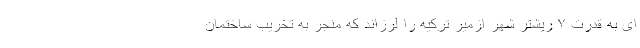
ای به قدرت ۷ ریشتر شهر ازمیر ترکیه را لرزاند که منجر به تخریب ساختمان